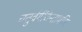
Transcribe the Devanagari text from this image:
चतुर्वर्गचिन्तामणि